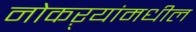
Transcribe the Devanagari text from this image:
नोकऱ्यांमधील